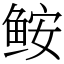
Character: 𩽾